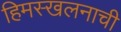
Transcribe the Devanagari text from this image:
हिमस्खलनाची